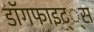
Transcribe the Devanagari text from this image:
डाॅगफाइट््स